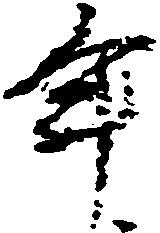
年